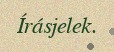
Írásjelek.